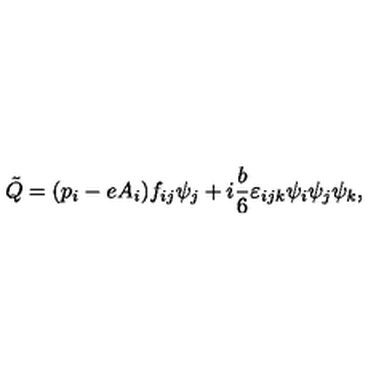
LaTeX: \tilde { Q } = ( p _ { i } - e A _ { i } ) f _ { i j } \psi _ { j } + i { \frac { b } { 6 } } \varepsilon _ { i j k } \psi _ { i } \psi _ { j } \psi _ { k } ,